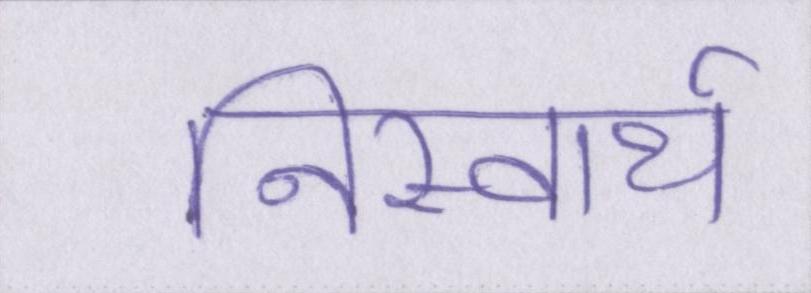
निस्वार्थ